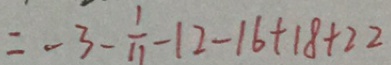
= - 3 - \frac { 1 } { 1 1 } - 1 2 - 1 6 + 1 8 + 2 2